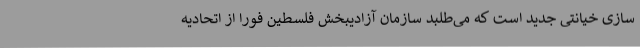
سازی خیانتی جدید است که می‌طلبد سازمان آزادیبخش فلسطین فورا از اتحادیه